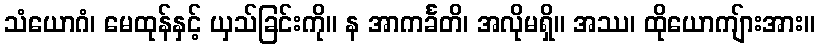
သံယောဂံ၊ မေထုန်နှင့် ယှသ်ခြင်းကို။ န အာကင်္ခတိ၊ အလိုမရှိ။ အဿ၊ ထိုယောကျ်ားအား။